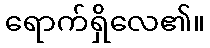
ရောက်ရှိလေ၏။